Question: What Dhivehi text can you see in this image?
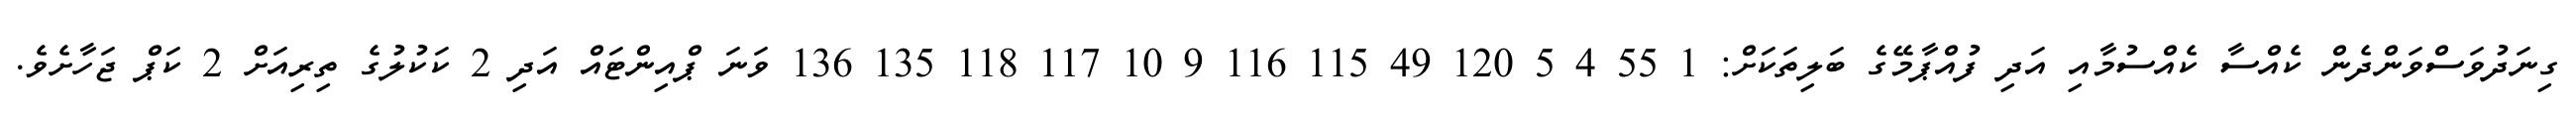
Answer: ގިނަދުވަސްވަންދެން ކެއްސާ ކެއްސުމާއި އަދި ފުއްޕާމޭގެ ބަލިތަކަށް: 1 55 4 5 120 49 115 116 9 10 117 118 135 136 ވަނަ ޕްއިންޓައް އަދި 2 ކަކުލުގެ ތިރިއަށް 2 ކަޕް ޖަހާށެވެ.